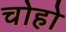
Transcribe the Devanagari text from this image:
चोहो